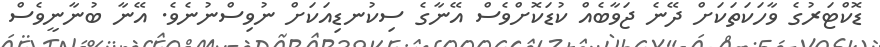
ޑޮކްޓަރުގެ ވާހަކަތަކަށް ދޭނެ ޖަވާބެއް ކުޑަކޮށްވެސް އޭނާގެ ސިކުނޑިއަކަށް ނުވިސްނުނެވެ. އޭނާ ބުނާނީވެސް